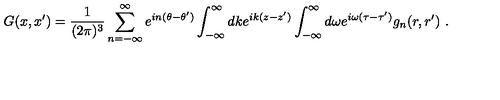
G ( x , x ^ { \prime } ) = \frac 1 { ( 2 \pi ) ^ { 3 } } \sum _ { n = - \infty } ^ { \infty } e ^ { i n ( \theta - \theta ^ { \prime } ) } \int _ { - \infty } ^ { \infty } d k e ^ { i k ( z - z ^ { \prime } ) } \int _ { - \infty } ^ { \infty } d \omega e ^ { i \omega ( \tau - \tau ^ { \prime } ) } g _ { n } ( r , r ^ { \prime } ) \ .